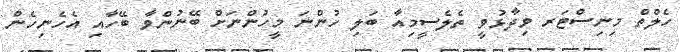
ހެލްތް މިނިސްޓަރ ވިދާޅުވީ ތެލެސީމިއާ ބަލި ހުންނަ މީހުންނަށް ބޭނުންވާ ބޭހާއި އެހެނިހެން